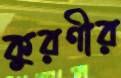
কুরণীর